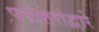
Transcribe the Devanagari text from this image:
पत्रोत्तरांद्वारे